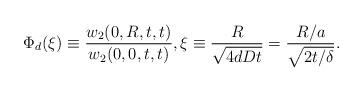
LaTeX: \begin{align*}\Phi_d (\xi) \equiv \frac{w_2 (0,R,t,t)}{w_2 (0,0,t,t)}, \xi \equiv \frac{R}{\sqrt{4dDt}} = \frac{R/a}{\sqrt{2t/\delta}} .\end{align*}